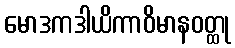
မောဒကဒါယိကာဝိမာနဝတ္ထု